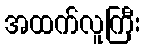
အထက်လူကြီး